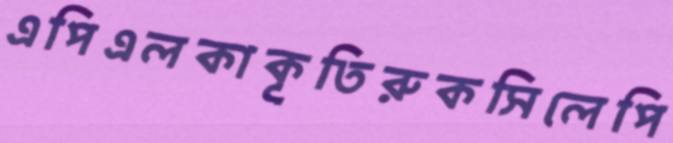
এপিএলকাকূতিরুকসিলেপি